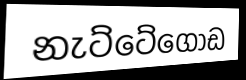
නැට්ටේගොඩ